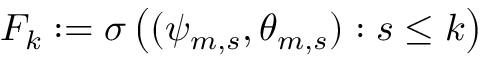
{ \cal F } _ { k } : = \sigma \left( ( \psi _ { m , s } , \theta _ { m , s } ) : s \le k \right)